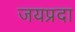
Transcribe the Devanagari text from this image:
जयप्रदा